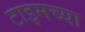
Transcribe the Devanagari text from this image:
टाइमच्या